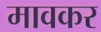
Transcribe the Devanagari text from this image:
मावकर